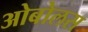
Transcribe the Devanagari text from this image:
ओबोलस